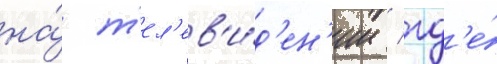
на́ т'ел'ев'и́д'ен'ии / гд'е́